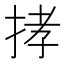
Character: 𢭦